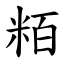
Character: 粨